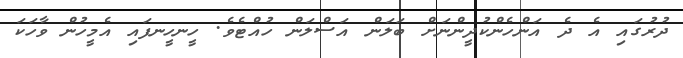
ދުރުގައި އެ ދެ އަންހެންކުދީންނަށް ބަލަން އަސްލަން ހުއްޓެވެ. ހީނހީނފައި އެމީހުން ވާހަކަ